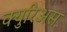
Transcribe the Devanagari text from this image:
क्युरिअस